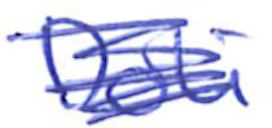
Text: Doli
Cross-out: scratch
Writing tool: ballpoint